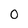
Character: 0